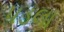
પડલા